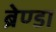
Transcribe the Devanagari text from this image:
ब्रेण्डा